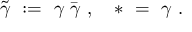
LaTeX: \tilde { \gamma } \ : = \ \gamma \; \bar { \gamma } \ , \quad * \ = \ \gamma \ .